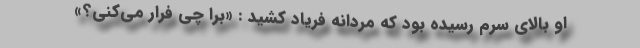
او بالای سرم رسیده بود که مردانه فریاد کشید : «برا چی فرار می‌کنی؟»